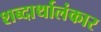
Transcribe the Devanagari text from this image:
शब्दार्थालंकार